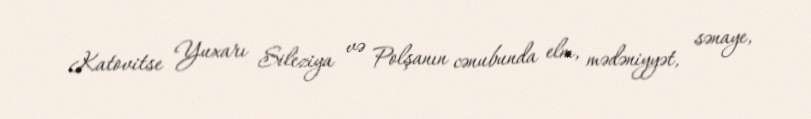
Katovitse Yuxarı Sileziya və Polşanın cənubunda elm, mədəniyyət, sənaye,